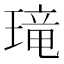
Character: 𱯚